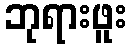
ဘုရားဖူး